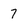
Character: 7